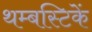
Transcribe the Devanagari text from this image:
थम्बस्टिकें